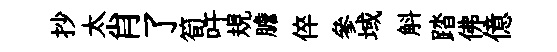
抄太肖了筍吁規膽倅參域斛踏佛億